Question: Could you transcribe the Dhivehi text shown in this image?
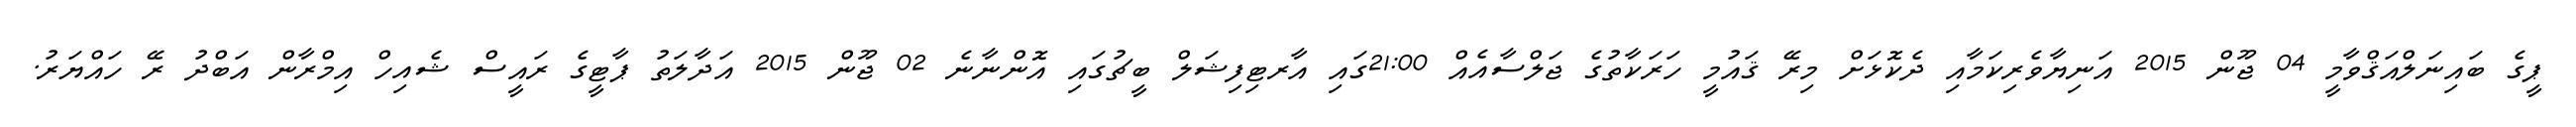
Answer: ޕީގެ ބައިނަލްއަޤްވާމީ 04 ޖޫން 2015 އަނިޔާވެރިކަމާއި ދެކޮޅަށް މިރޭ ޤައުމީ ހަރަކާތުގެ ޖަލްސާއެއް 21:00ގައި އާރޓިފިޝަލް ބީޗުގައި އޮންނާނެ 02 ޖޫން 2015 އަދާލަތު ޕާޓީގެ ރައީސް ޝެއިހް އިމްރާން އަބްދު ރޭ ހައްޔަރު.